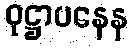
ဝုဋ္ဌာပနေန